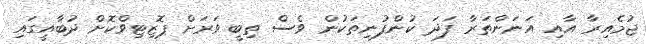
ޖުމެއިރާ އާއި އަނަންތަރާ ފަދަ ކުންފުނިތަކުން ވެސް ތިބީ ވަރަށް ޕޮޒިޓިވްކޮށް ދުބާއީގައި